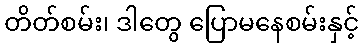
တိတ်စမ်း၊ ဒါတွေ ပြောမနေစမ်းနှင့်